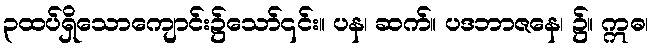
၃ထပ်ရှိသောကျောင်း၌သော်၎င်း။ ပန၊ ဆက်။ ပဒဘာဇနေ၊ ၌။ ဣဓ၊